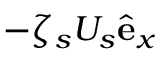
- \zeta _ { s } U _ { s } \hat { \mathbf { e } } _ { x }